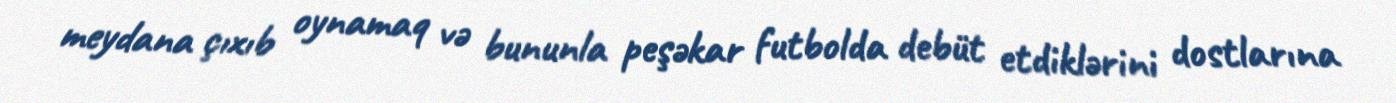
meydana çıxıb oynamaq və bununla peşəkar futbolda debüt etdiklərini dostlarına